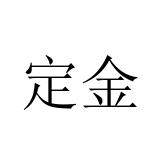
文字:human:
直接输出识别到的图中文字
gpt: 定金